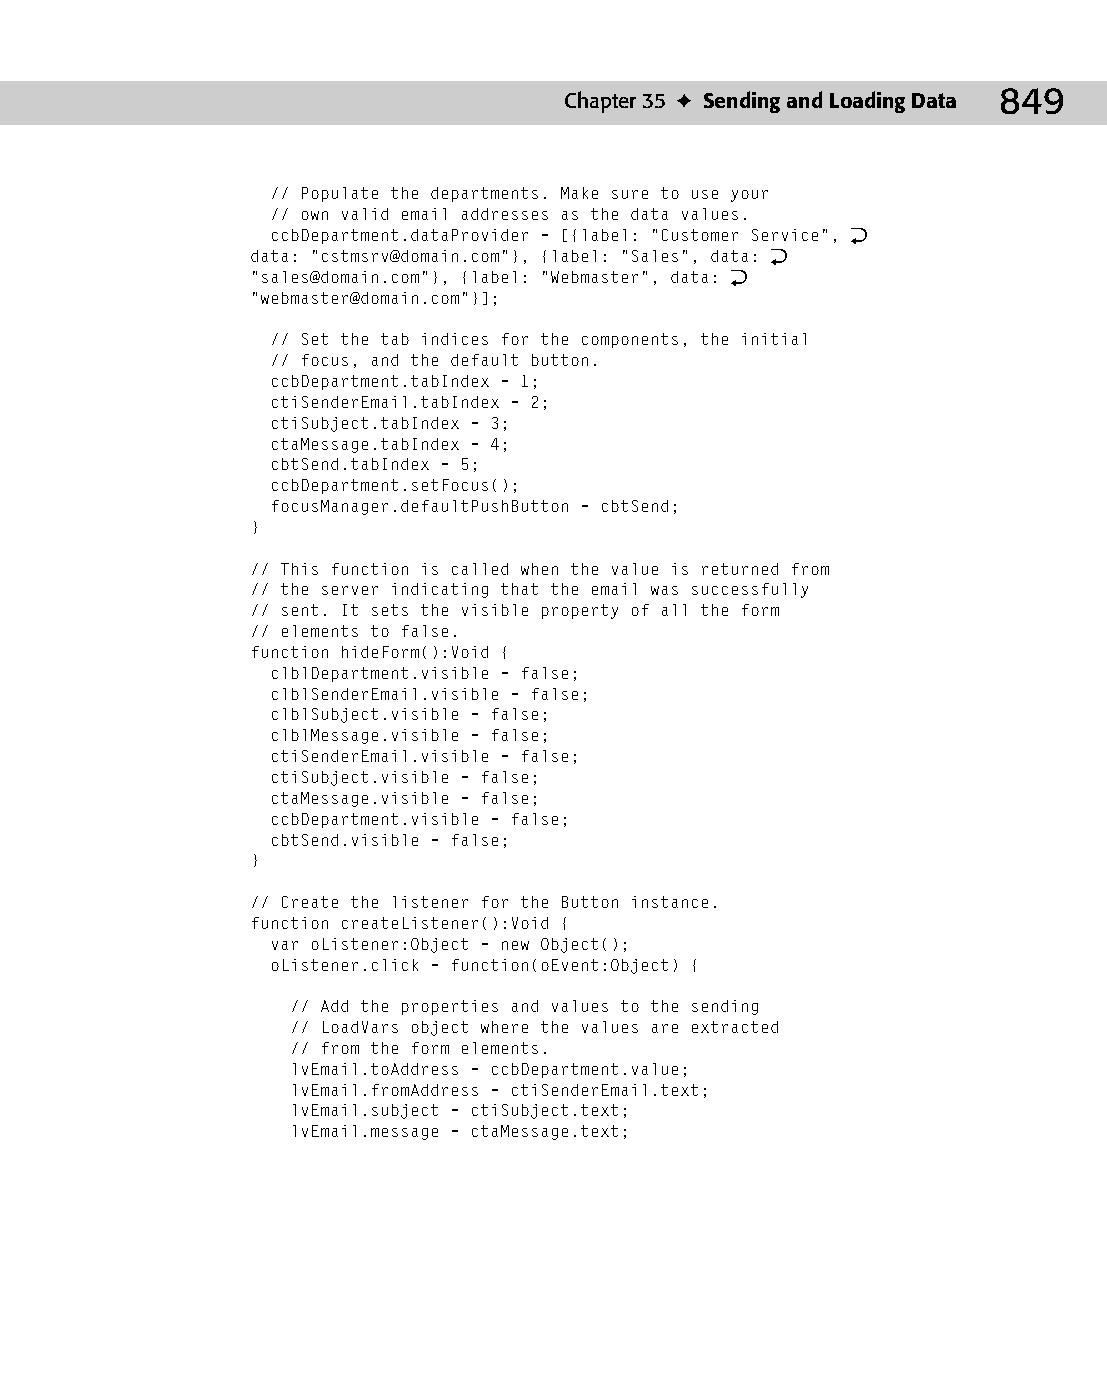
46 543547 ch35.qxd 3/24/04 4:15 PM Page 849
 Chapter 35 ✦ Sending and Loading Data 849
 // Populate the departments. Make sure to use your
 // own valid email addresses as the data values.
 ccbDepartment.dataProvider = [{label: “Customer Service”, Æ
 data: “cstmsrv@domain.com”}, {label: “Sales”, data: Æ
 “sales@domain.com”}, {label: “Webmaster”, data: Æ
 “webmaster@domain.com”}];
 // Set the tab indices for the components, the initial
 // focus, and the default button.
 ccbDepartment.tabIndex = 1;
 ctiSenderEmail.tabIndex = 2;
 ctiSubject.tabIndex = 3;
 ctaMessage.tabIndex = 4;
 cbtSend.tabIndex = 5;
 ccbDepartment.setFocus();
 focusManager.defaultPushButton = cbtSend;
 }
 // This function is called when the value is returned from
 // the server indicating that the email was successfully
 // sent. It sets the visible property of all the form
 // elements to false.
 function hideForm():Void {
 clblDepartment.visible = false;
 clblSenderEmail.visible = false;
 clblSubject.visible = false;
 clblMessage.visible = false;
 ctiSenderEmail.visible = false;
 ctiSubject.visible = false;
 ctaMessage.visible = false;
 ccbDepartment.visible = false;
 cbtSend.visible = false;
 }
 // Create the listener for the Button instance.
 function createListener():Void {
 var oListener:Object = new Object();
 oListener.click = function(oEvent:Object) {
 // Add the properties and values to the sending
 // LoadVars object where the values are extracted
 // from the form elements.
 lvEmail.toAddress = ccbDepartment.value;
 lvEmail.fromAddress = ctiSenderEmail.text;
 lvEmail.subject = ctiSubject.text;
 lvEmail.message = ctaMessage.text;